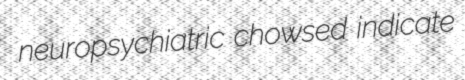
neuropsychiatric chowsed indicate